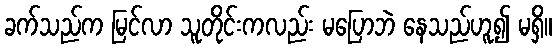
ခက်သည်က မြင်လာ သူတိုင်းကလည်း မပြောဘဲ နေသည်ဟူ၍ မရှိ။